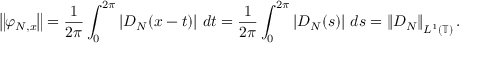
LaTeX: \left\| \varphi _ { N , x } \right\| = { \frac { 1 } { 2 \pi } } \int _ { 0 } ^ { 2 \pi } \left| D _ { N } ( x - t ) \right| \, d t = { \frac { 1 } { 2 \pi } } \int _ { 0 } ^ { 2 \pi } \left| D _ { N } ( s ) \right| \, d s = \left\| D _ { N } \right\| _ { L ^ { 1 } ( \mathbb { T } ) } .